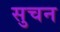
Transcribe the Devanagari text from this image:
सुचन